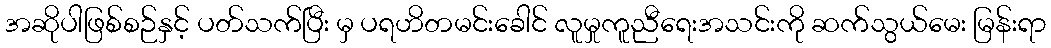
အဆိုပါဖြစ်စဉ်နှင့် ပတ်သက်ပြီး မှ ပရဟိတမင်းခေါင် လူမှုကူညီရေးအသင်းကို ဆက်သွယ်မေး မြန်းရာ